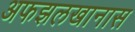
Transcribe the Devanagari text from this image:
अफझलखानास